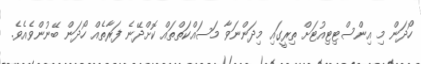
ހޯދަން މި އިންސްޓިޓިއުޓަށް ތިރީގައި މިދަންނަވާ މަސައްކަތްތައް ކޮށްދޭނެ ފަރާތެއް ހޯދަން ބޭނުންވެއެވެ.